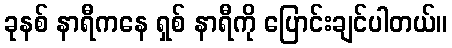
ခုနစ် နာရီကနေ ရှစ် နာရီကို ပြောင်းချင်ပါတယ်။